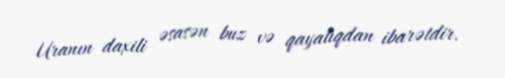
Uranın daxili əsasən buz və qayalıqdan ibarətdir.